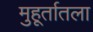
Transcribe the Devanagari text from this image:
मुहूर्तातला